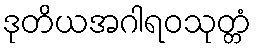
ဒုတိယအဂါရဝသုတ္တံ